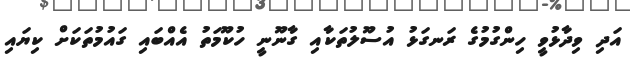
އަދި ވިދާޅުވީ ހިންގުމުގެ ރަނގަޅު އުސޫލުތަކާއި ގާނޫނީ ހުކޫމަތު އެއްބައި ގައުމުތަކަށް ކިޔައި